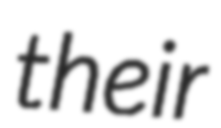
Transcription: their